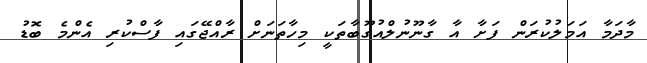
މާދަމާ އަމަލުކުރަން ފަށާ އާ ގާނޫނުލްއުގޫބާތަކީ މިހާތަނަށް ރާއްޖޭގައި ފާސްކުރި އެންމެ ބޮޑު